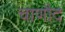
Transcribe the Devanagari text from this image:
चाणौद